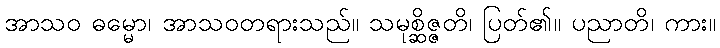
အာသဝ ဓမ္မော၊ အာသဝတရားသည်။ သမုစ္ဆိဇ္ဇတိ၊ ပြတ်၏။ ပညာတိ၊ ကား။